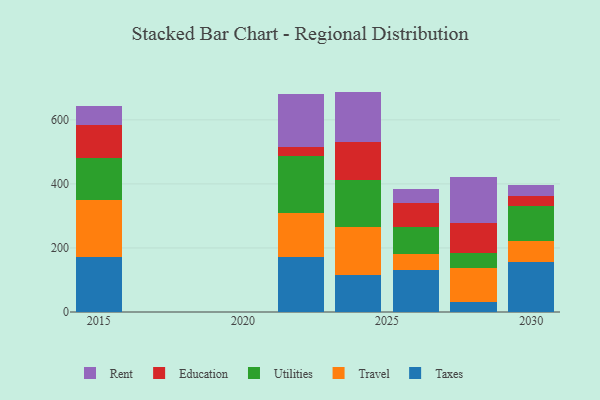
{"axis": {"x": "Year", "y": "Tickets Resolved"}, "legend": ["Education", "Rent", "Taxes", "Travel", "Utilities"], "data": [{"x": "2024", "y": 116.0, "type": "Taxes"}, {"x": "2024", "y": 148.1, "type": "Travel"}, {"x": "2024", "y": 148.9, "type": "Utilities"}, {"x": "2024", "y": 117.7, "type": "Education"}, {"x": "2024", "y": 157.6, "type": "Rent"}, {"x": "2026", "y": 130.9, "type": "Taxes"}, {"x": "2026", "y": 51.3, "type": "Travel"}, {"x": "2026", "y": 82.9, "type": "Utilities"}, {"x": "2026", "y": 75.7, "type": "Education"}, {"x": "2026", "y": 43.1, "type": "Rent"}, {"x": "2022", "y": 171.2, "type": "Taxes"}, {"x": "2022", "y": 138.9, "type": "Travel"}, {"x": "2022", "y": 178.5, "type": "Utilities"}, {"x": "2022", "y": 25.9, "type": "Education"}, {"x": "2022", "y": 166.5, "type": "Rent"}, {"x": "2028", "y": 30.7, "type": "Taxes"}, {"x": "2028", "y": 107.8, "type": "Travel"}, {"x": "2028", "y": 45.1, "type": "Utilities"}, {"x": "2028", "y": 93.9, "type": "Education"}, {"x": "2028", "y": 142.7, "type": "Rent"}, {"x": "2030", "y": 155.1, "type": "Taxes"}, {"x": "2030", "y": 67.6, "type": "Travel"}, {"x": "2030", "y": 106.9, "type": "Utilities"}, {"x": "2030", "y": 32.5, "type": "Education"}, {"x": "2030", "y": 34.6, "type": "Rent"}, {"x": "2015", "y": 171.7, "type": "Taxes"}, {"x": "2015", "y": 176.6, "type": "Travel"}, {"x": "2015", "y": 133.1, "type": "Utilities"}, {"x": "2015", "y": 101.3, "type": "Education"}, {"x": "2015", "y": 61.7, "type": "Rent"}]}